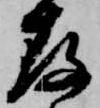
存